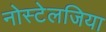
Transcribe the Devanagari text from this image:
नोस्‍टेलजिया